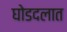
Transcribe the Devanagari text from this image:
घोडदलात